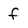
Character: f